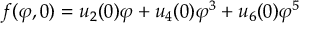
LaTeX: f ( \varphi , 0 ) = u _ { 2 } ( 0 ) \varphi + u _ { 4 } ( 0 ) \varphi ^ { 3 } + u _ { 6 } ( 0 ) \varphi ^ { 5 }